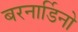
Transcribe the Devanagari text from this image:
बरनार्डिनो